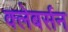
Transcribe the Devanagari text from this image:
क्लेबर्सन